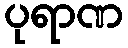
ပုရာဏ